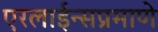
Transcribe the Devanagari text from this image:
एरलाईन्सप्रमाणे